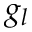
g _ { l }